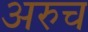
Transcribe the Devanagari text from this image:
अरुच